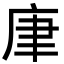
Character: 㡽